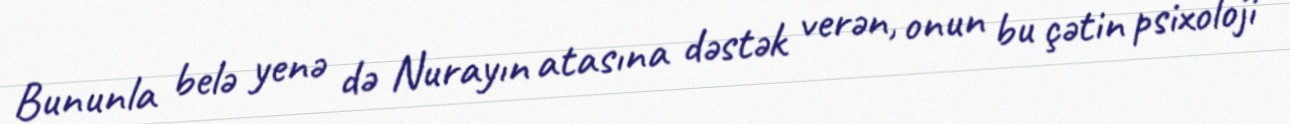
Bununla belə yenə də Nurayın atasına dəstək verən, onun bu çətin psixoloji